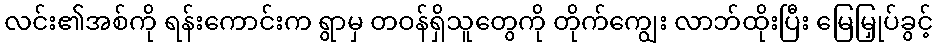
လင်း၏အစ်ကို ရန်းကောင်းက ရွာမှ တဝန်ရှိသူတွေကို တိုက်ကျွေး လာဘ်ထိုးပြီး မြေမြှုပ်ခွင့်